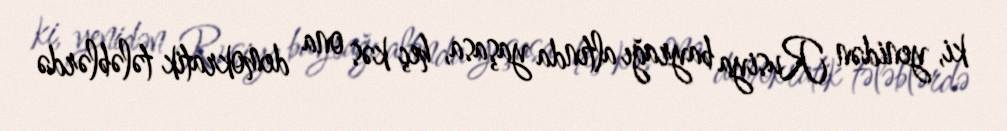
ki, yenidən Rusiya bayrağı altında yaşasa, heç kəs ona demokratik tələblərdə